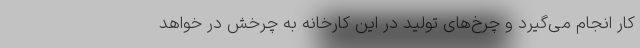
کار انجام می‌گیرد و چرخ‌های تولید در این کارخانه به چرخش در خواهد